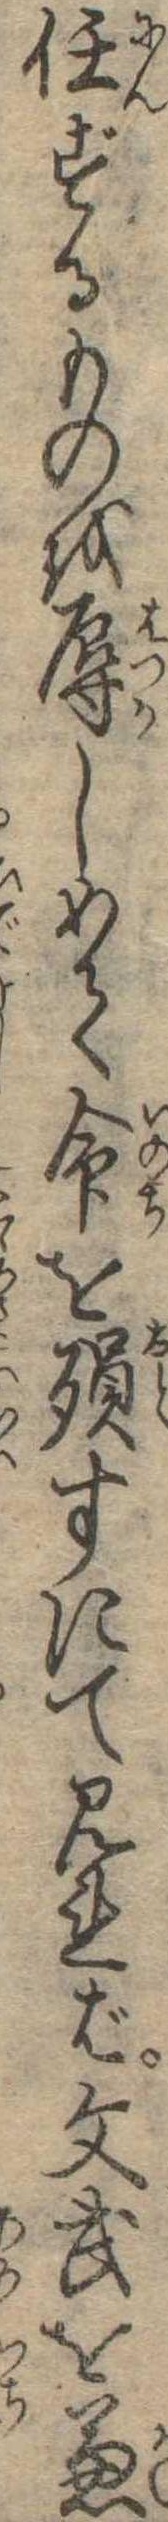
任ずるものを辱しめて命を殞すにて見れば文武を兼